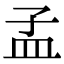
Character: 孟